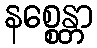
နစ္စေန္တာ